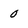
Character: 0